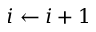
i \leftarrow i + 1